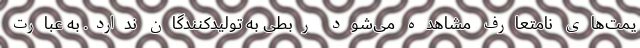
یمت‌های نامتعارف مشاهده می‌شود ربطی به تولیدکنندگان ندارد. به عبارت